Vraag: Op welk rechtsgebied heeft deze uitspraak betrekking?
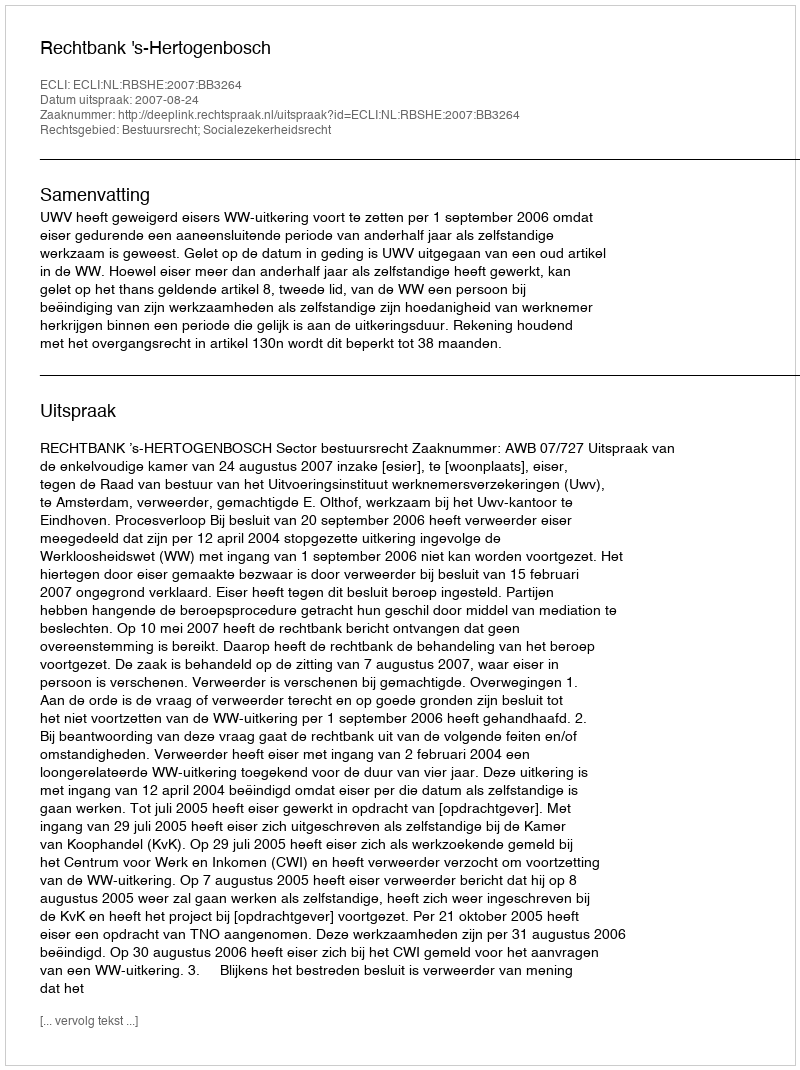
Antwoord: Bestuursrecht; Socialezekerheidsrecht